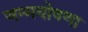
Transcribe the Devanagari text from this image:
जन्मघोषणा